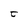
Character: t